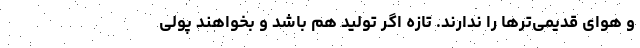
و هوای قدیمی‌ترها را ندارند. تازه اگر تولید هم باشد و بخواهند پولی